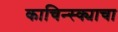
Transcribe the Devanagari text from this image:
काचिन्स्क्याचा